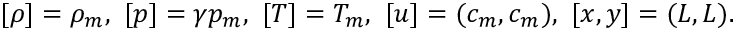
[ \rho ] = \rho _ { m } , ~ [ p ] = \gamma p _ { m } , ~ [ T ] = T _ { m } , ~ [ \boldsymbol { u } ] = ( c _ { m } , c _ { m } ) , ~ [ x , y ] = ( L , L ) .